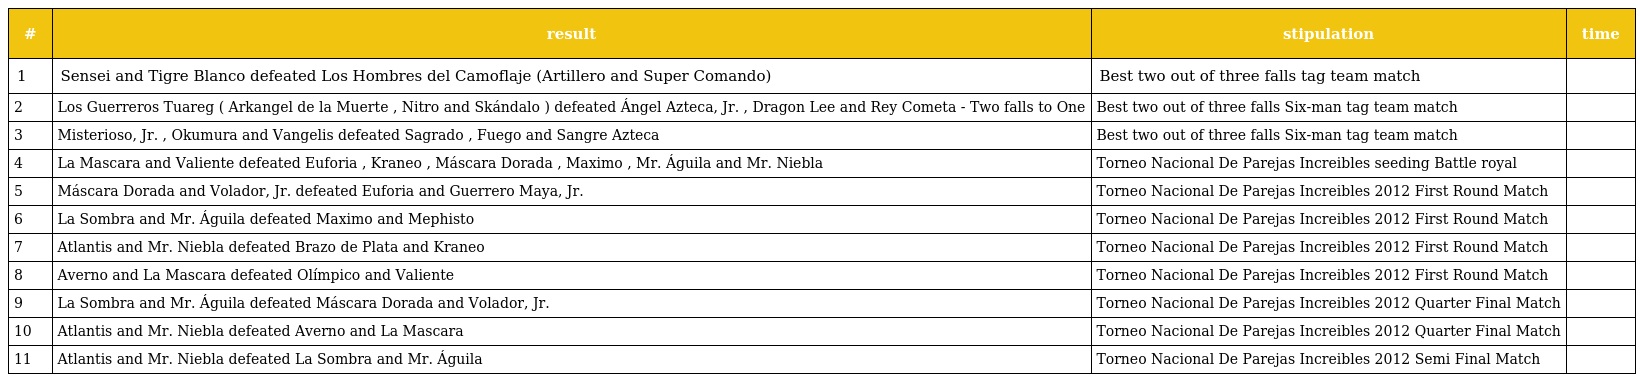
| # | result | stipulation | time |
 | --- | --- | --- | --- |
 | 1 | Sensei and Tigre Blanco defeated Los Hombres del Camoflaje (Artillero and Super Comando) | Best two out of three falls tag team match |  |
 | 2 | Los Guerreros Tuareg ( Arkangel de la Muerte , Nitro and Skándalo ) defeated Ángel Azteca, Jr. , Dragon Lee and Rey Cometa - Two falls to One | Best two out of three falls Six-man tag team match |  |
 | 3 | Misterioso, Jr. , Okumura and Vangelis defeated Sagrado , Fuego and Sangre Azteca | Best two out of three falls Six-man tag team match |  |
 | 4 | La Mascara and Valiente defeated Euforia , Kraneo , Máscara Dorada , Maximo , Mr. Águila and Mr. Niebla | Torneo Nacional De Parejas Increibles seeding Battle royal |  |
 | 5 | Máscara Dorada and Volador, Jr. defeated Euforia and Guerrero Maya, Jr. | Torneo Nacional De Parejas Increibles 2012 First Round Match |  |
 | 6 | La Sombra and Mr. Águila defeated Maximo and Mephisto | Torneo Nacional De Parejas Increibles 2012 First Round Match |  |
 | 7 | Atlantis and Mr. Niebla defeated Brazo de Plata and Kraneo | Torneo Nacional De Parejas Increibles 2012 First Round Match |  |
 | 8 | Averno and La Mascara defeated Olímpico and Valiente | Torneo Nacional De Parejas Increibles 2012 First Round Match |  |
 | 9 | La Sombra and Mr. Águila defeated Máscara Dorada and Volador, Jr. | Torneo Nacional De Parejas Increibles 2012 Quarter Final Match |  |
 | 10 | Atlantis and Mr. Niebla defeated Averno and La Mascara | Torneo Nacional De Parejas Increibles 2012 Quarter Final Match |  |
 | 11 | Atlantis and Mr. Niebla defeated La Sombra and Mr. Águila | Torneo Nacional De Parejas Increibles 2012 Semi Final Match |  |